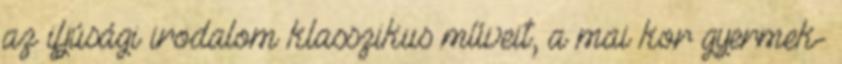
az ifjúsági irodalom klasszikus műveit, a mai kor gyermek-